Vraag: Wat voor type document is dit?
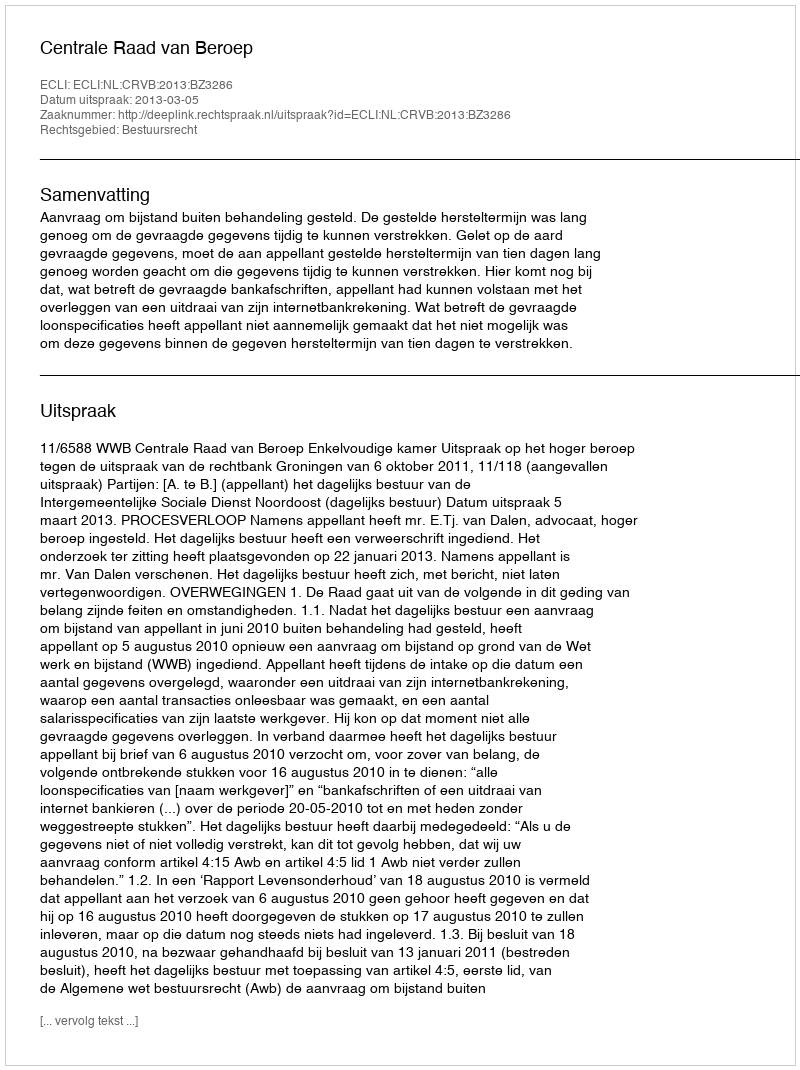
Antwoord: Uitspraak